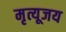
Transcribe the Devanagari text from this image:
मृत्यूजय